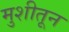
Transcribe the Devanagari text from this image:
मुशीतून